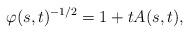
LaTeX: \begin{align*}\varphi(s,t)^{-1/2}=1+tA(s,t),\end{align*}